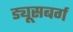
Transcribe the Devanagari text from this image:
ड्यूसबर्ग